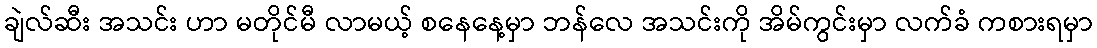
ချဲလ်ဆီး အသင်း ဟာ မတိုင်မီ လာမယ့် စနေနေ့မှာ ဘန်လေ အသင်းကို အိမ်ကွင်းမှာ လက်ခံ ကစားရမှာ